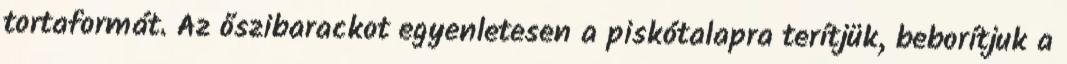
tortaformát. Az őszibarackot egyenletesen a piskótalapra terítjük, beborítjuk a